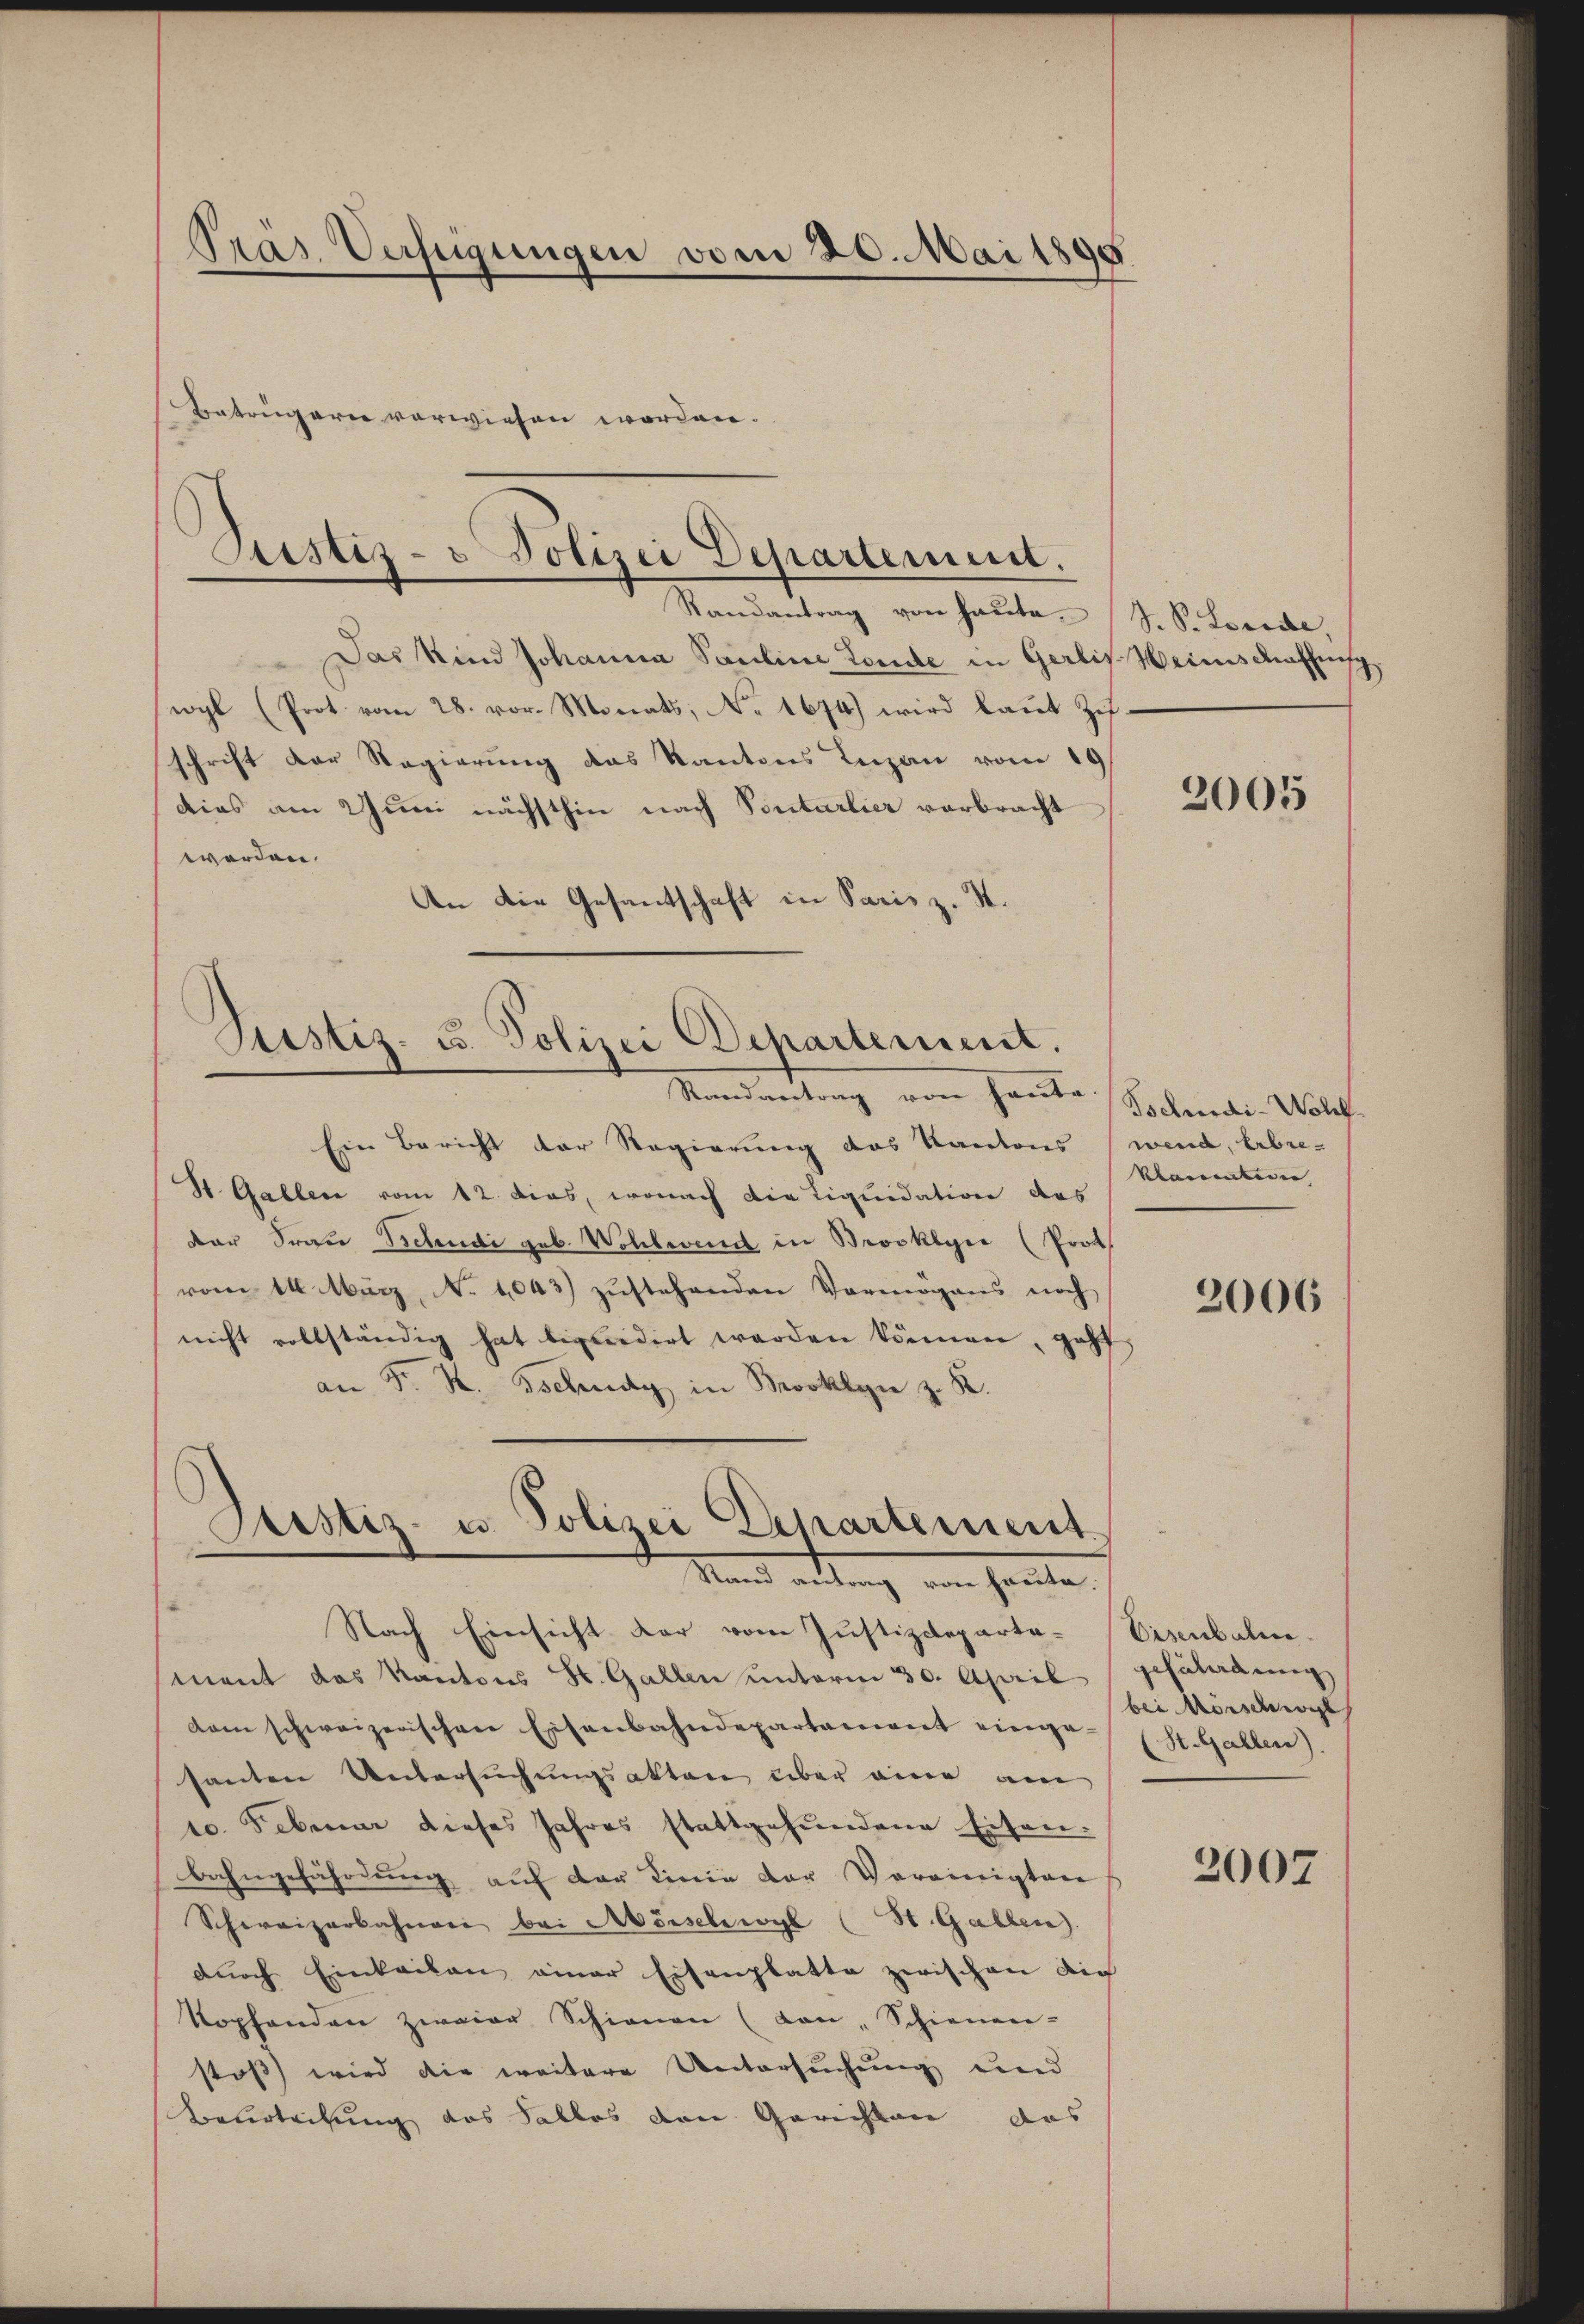
Pras Verfügungen vom 20. Mai 185
Betrügern verwiesen worden.

Das Kind Johanna Pauline Londe in Gerlis Weinschaffung.
wyl (Prot vom 28. vor. Monats, No 1674) wird laut Zif.
schrift der Regierung des Kantons Leizan vom 19
dies am Juni nächsthin nach Pontarlier vorbracht
werden.
An die Gesantschaft in Paris z. S.

Justiz- u Polizei Departement.
Randantrag von haute.

Justiz- u. Polizei Departement.
Randantrag von haute Beendi-Wolf

Sistiz- u. Polizei Departement.
Stand andlung von heute.

Ein Bericht der Regierung des Kantons
St. Gallen vom 12. dies, wonach die Liquidation des
der Frau Behudi geb. Wohlmend in Brooklyi (Prot
vom 14. März, N. 1043) zŭstehenden Vermögens noch
nicht vollständig hat liquidirt werden können, geht
an Fr. H. Tschudy in Brooklyn z. B.
Nach Einsicht dar vom Justizdepartament das Kantons St. Gallen unterm 30. April
dam schweizerischen Eisenbahndepartaniert eingesanten Untersuchungsakten über eine am
10. Februar dieses Jahres stattgefundene Eisenbahngefährŭng aŭf der Linie der Vereinigten
Schweizerbahnen bei Mörschwyl (St. Gallen.
dŭrch Einkailan einer Eisenplatte zwischen Dich
kopfenden zweier Schienen (von Schienen-
stoss wird die weitere Untersuchung und
Beurteilung des Falles den Gerichten das

S. P. Lorede,

2005

wend, Erbreklamation |

2006

Eisenbahn.
gefäladung
bei Mörschwist
St. Gallen).

2007